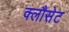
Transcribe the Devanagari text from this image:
क्लौसेट